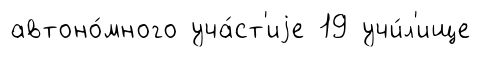
автоно́много уча́ст'иjе 19 учи́л'ище